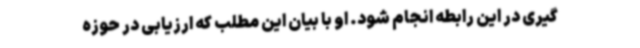
گیری در این رابطه انجام شود. او با بیان این مطلب که ارزیابی در حوزه